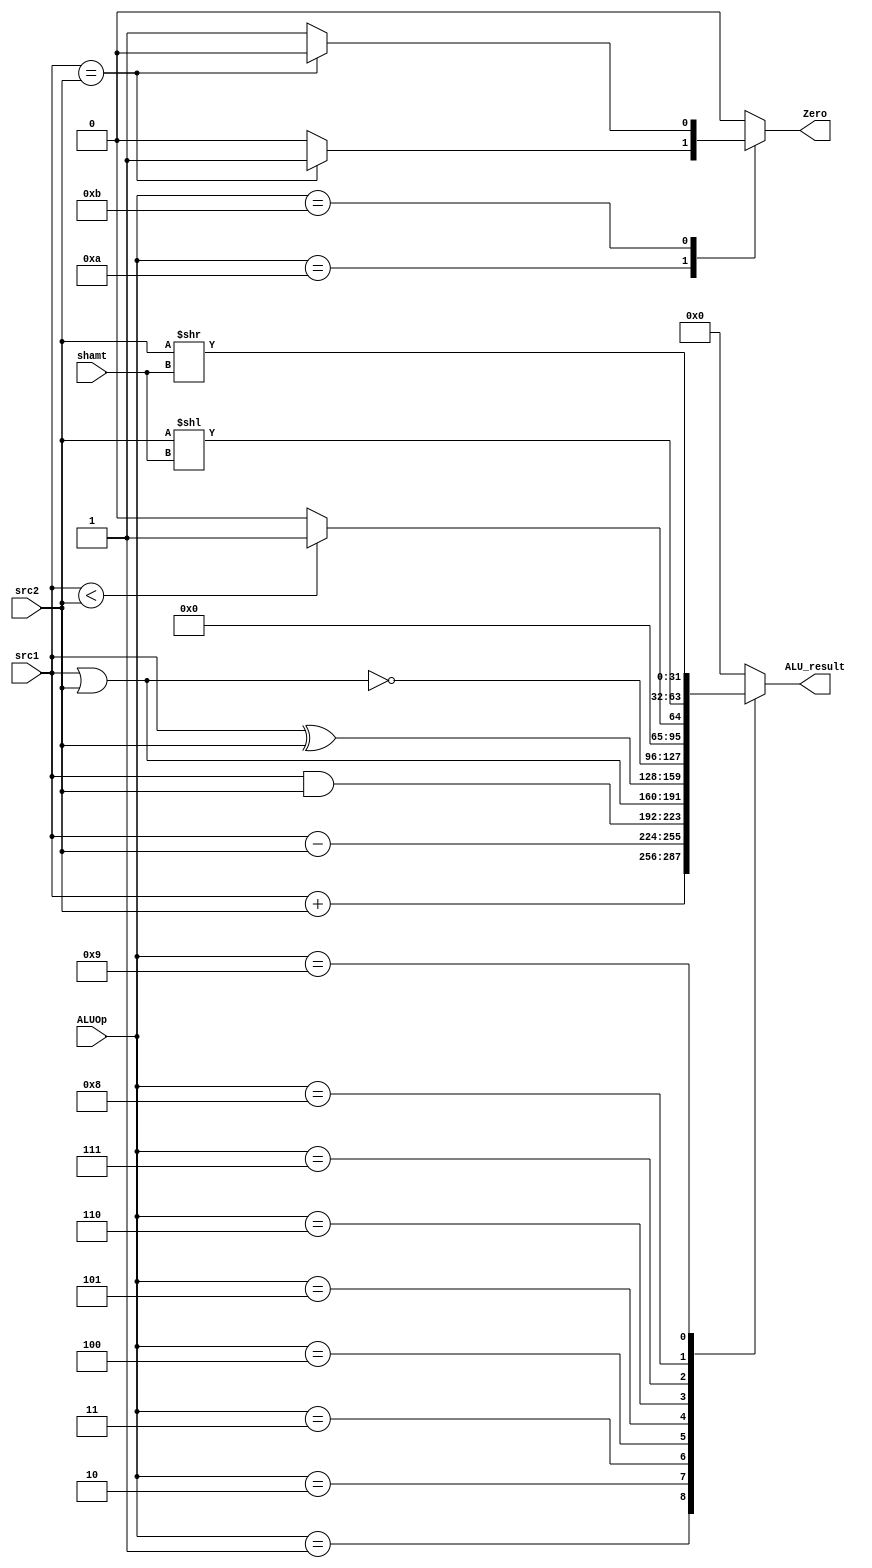
module ALU ( ALUOp,
			 src1,
			 src2,
			 shamt,
			 ALU_result,
			 Zero);
	
	parameter bit_size = 32;
	
	input [3:0] ALUOp;
	input [bit_size-1:0] src1;
	input [bit_size-1:0] src2;
	input [4:0] shamt;
	
	output [bit_size-1:0] ALU_result;
	output Zero;
			
	// write your code in here
	reg [bit_size-1:0] 	ALU_result;
	reg					Zero;
	always@(*)
	begin
		ALU_result = 0;
		Zero = 0;
		case(ALUOp)
			 1	:	 ALU_result = src1 + src2;	
			 2	:	 ALU_result = src1 - src2;	
			 3	:	 ALU_result = src1 & src2;
			 4	:	 ALU_result = src1 | src2;
			 5	:	 ALU_result = src1 ^ src2;
			 6	:	 ALU_result = ~(src1 | src2);
			 7	:	 ALU_result = {{31{1'b0}}, src1 < src2 ? 1 : 0};
			 8	:	 ALU_result = src2 << shamt;
			 9	:	 ALU_result = src2 >> shamt;
			10	:		  Zero = src1 == src2 ? 1 : 0;
			11	:		  Zero = src1 == src2 ? 0 : 1;
		endcase
	end

endmodule